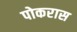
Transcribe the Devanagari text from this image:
पोकरास